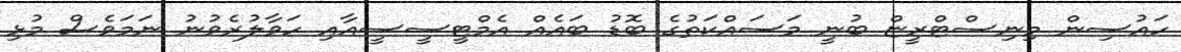
ހައުސިން މިނިސްޓްރީޏް ބުނީ މަސައްކަތުގެ ބޮޑު ބައެއް އެމްޓީސީސީއާއި ހަވާލުުރެވުނު ނަމަވެސް މުޅި